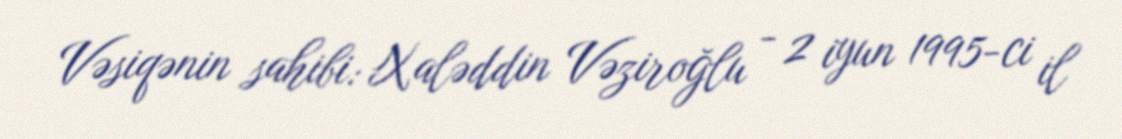
Vəsiqənin sahibi: Xaləddin Vəziroğlu - 2 iyun 1995-ci il